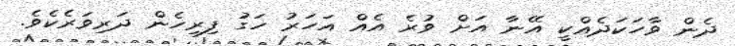
ދެން ވާހަކަދެއްކީ އޭނާ އަށް ވުރެ އެއް އަހަރު ހަގު ފިރިހެން ދަރިވަރެކެވެ.